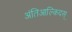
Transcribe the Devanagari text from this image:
अंतिआल्किदस्